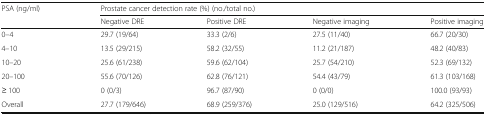
<table><thead><tr><td rowspan="2"><b>PSA (ng/ml)</b></td><td colspan="4"><b>Prostate cancer detection rate (%) (no./total no.)</b></td></tr><tr><td><b>Negative DRE</b></td><td><b>Positive DRE</b></td><td><b>Negative imaging</b></td><td><b>Positive imaging</b></td></tr></thead><tbody><tr><td>0–4</td><td>29.7 (19/64)</td><td>33.3 (2/6)</td><td>27.5 (11/40)</td><td>66.7 (20/30)</td></tr><tr><td>4–10</td><td>13.5 (29/215)</td><td>58.2 (32/55)</td><td>11.2 (21/187)</td><td>48.2 (40/83)</td></tr><tr><td>10–20</td><td>25.6 (61/238)</td><td>59.6 (62/104)</td><td>25.7 (54/210)</td><td>52.3 (69/132)</td></tr><tr><td>20–100</td><td>55.6 (70/126)</td><td>62.8 (76/121)</td><td>54.4 (43/79)</td><td>61.3 (103/168)</td></tr><tr><td>≥ 100</td><td>0 (0/3)</td><td>96.7 (87/90)</td><td>0 (0/0)</td><td>100.0 (93/93)</td></tr><tr><td>Overall</td><td>27.7 (179/646)</td><td>68.9 (259/376)</td><td>25.0 (129/516)</td><td>64.2 (325/506)</td></tr></tbody></table>